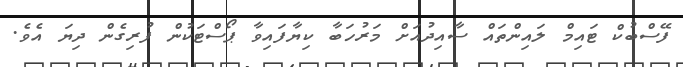
ފޭސްބުކް ޓައިމް ލައިންތައް ސާއިދުއަށް މަރުހަބާ ކިޔާފައިވާ ޕޯސްޓަކުން ފުރިގެން ދިޔަ އެވެ.